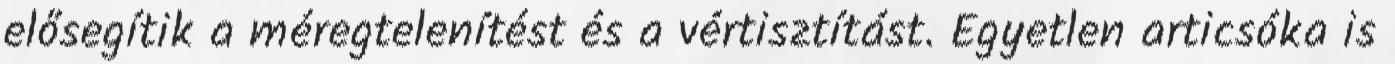
elősegítik a méregtelenítést és a vértisztítást. Egyetlen articsóka is